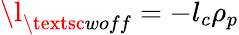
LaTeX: \l_{\textsc{woff}}=-l_{c}\rho_{p}